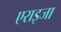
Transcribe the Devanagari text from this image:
एराइजा